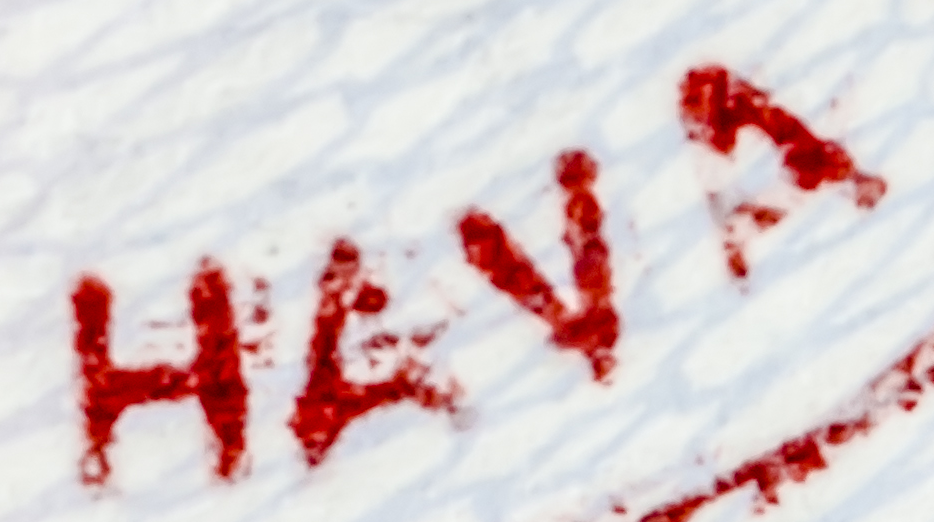
HAVA